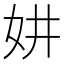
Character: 妌